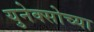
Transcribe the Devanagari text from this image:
युनेक्सोच्या